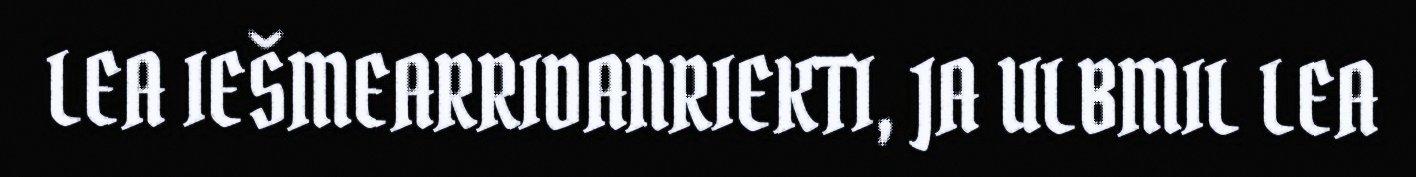
LEA IEŠMEARRIDANRIEKTI, JA ULBMIL LEA